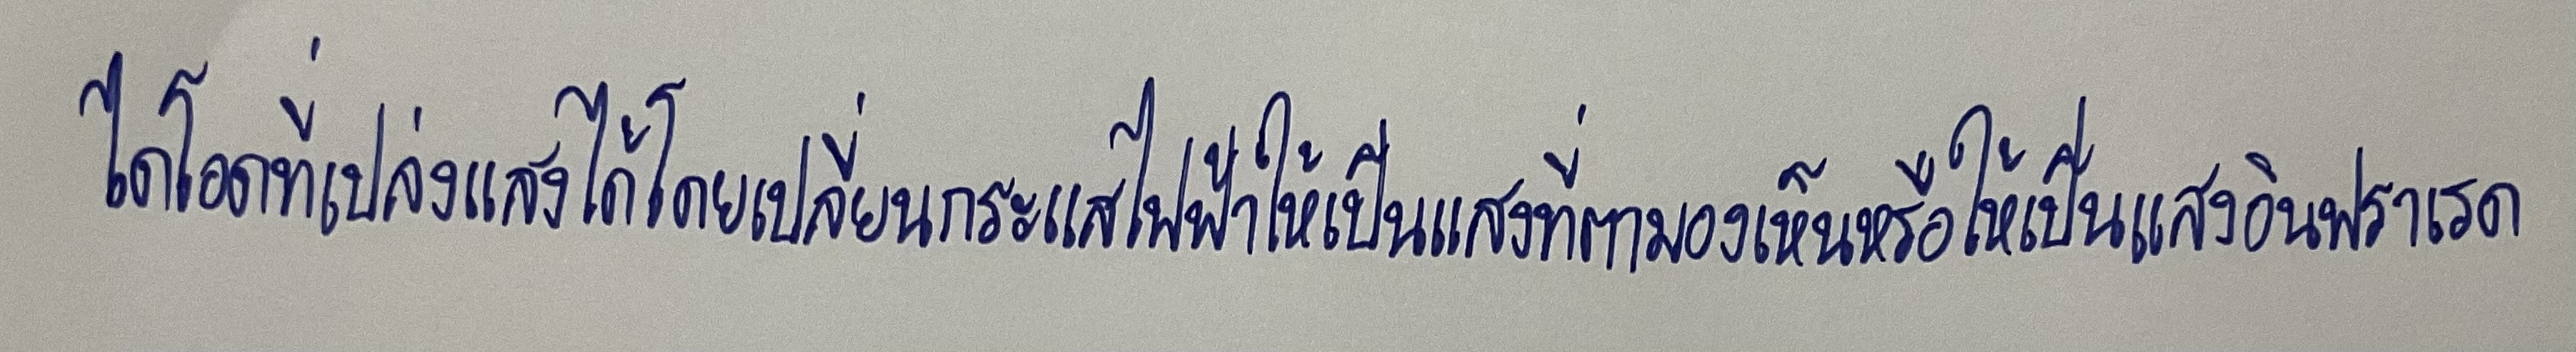
ไดโอดที่เปล่งแสงได้โดยเปลี่ยนกระแสไฟฟ้าให้เป็นแสงที่ตามองเห็นหรือให้เป็นแสงอินฟราเรด